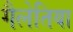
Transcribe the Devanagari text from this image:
गैलेतिया